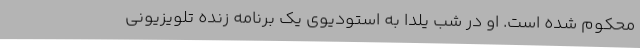
محکوم شده است. او در شب یلدا به استودیوی یک برنامه زنده تلویزیونی